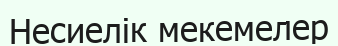
Несиелік мекемелер